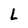
Character: L